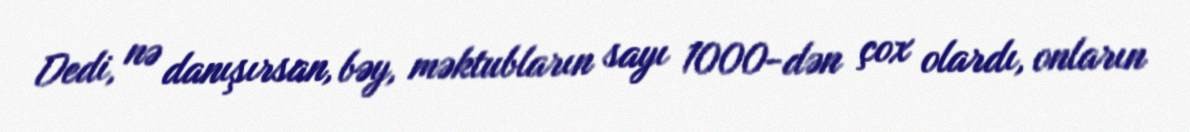
Dedi, nə danışırsan, bəy, məktubların sayı 1000-dən çox olardı, onların